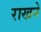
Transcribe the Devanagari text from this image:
राखने